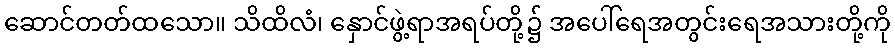
ဆောင်တတ်ထသော။ သိထိလံ၊ နှောင်ဖွဲ့ရာအရပ်တို့၌ အပေါ်ရေအတွင်းရေအသားတို့ကို